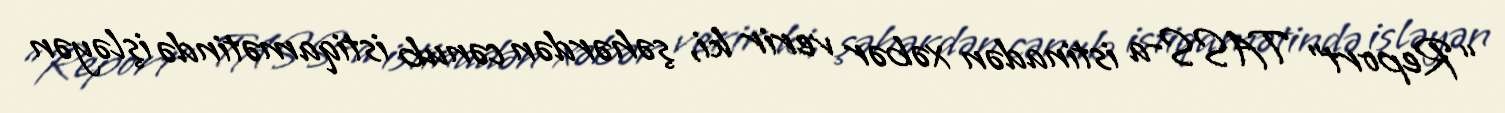
“Report” TASS-a istinadən xəbər verir ki, şəhərdən cənub istiqamətində işləyən